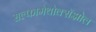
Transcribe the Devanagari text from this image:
सल्फामेथोक्सॅझोल